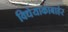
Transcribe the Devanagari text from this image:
विधेयाकाबाहेर